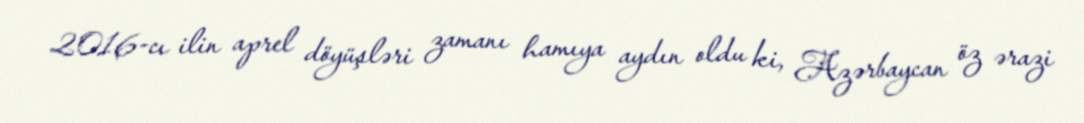
2016-cı ilin aprel döyüşləri zamanı hamıya aydın oldu ki, Azərbaycan öz ərazi